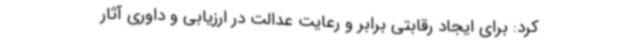
کرد: برای ایجاد رقابتی برابر و رعایت عدالت در ارزیابی و داوری آثار